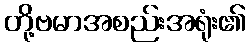
တို့ဗမာအစည်းအရုံး၏